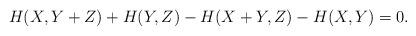
LaTeX: \begin{align*}H(X, Y+Z) + H(Y, Z) - H(X+Y, Z) - H(X, Y) = 0.\end{align*}